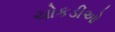
ચોકડીઓ